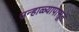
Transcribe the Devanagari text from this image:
उन्हाळ्यापासून